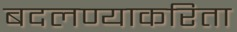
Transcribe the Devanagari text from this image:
बदलण्याकरिता